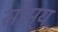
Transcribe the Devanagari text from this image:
सोम्य